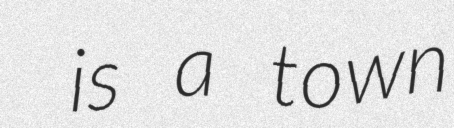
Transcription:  is a town